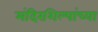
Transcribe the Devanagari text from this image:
मंदिरशिल्पांच्या